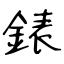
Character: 錶